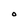
Character: O